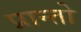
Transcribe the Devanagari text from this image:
प्रान्‍तो